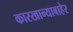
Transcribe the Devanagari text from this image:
कारखान्याबाहेर